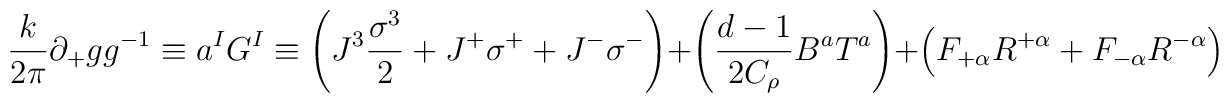
\frac{k}{2\pi} \partial_{+}gg^{-1}\equiv a^{I} G^{I}\equiv \left(  J^{3}\frac{\sigma^{3}}{2}+J^{+}\sigma^{+}+J^{-}\sigma^{-}\right)  +\left( \frac{d-1}{2C_{\rho}}B^{a}T^{a}\right)+\left(  F_{+\alpha}R^{+\alpha}+F_{-\alpha}R^{-\alpha}\right)